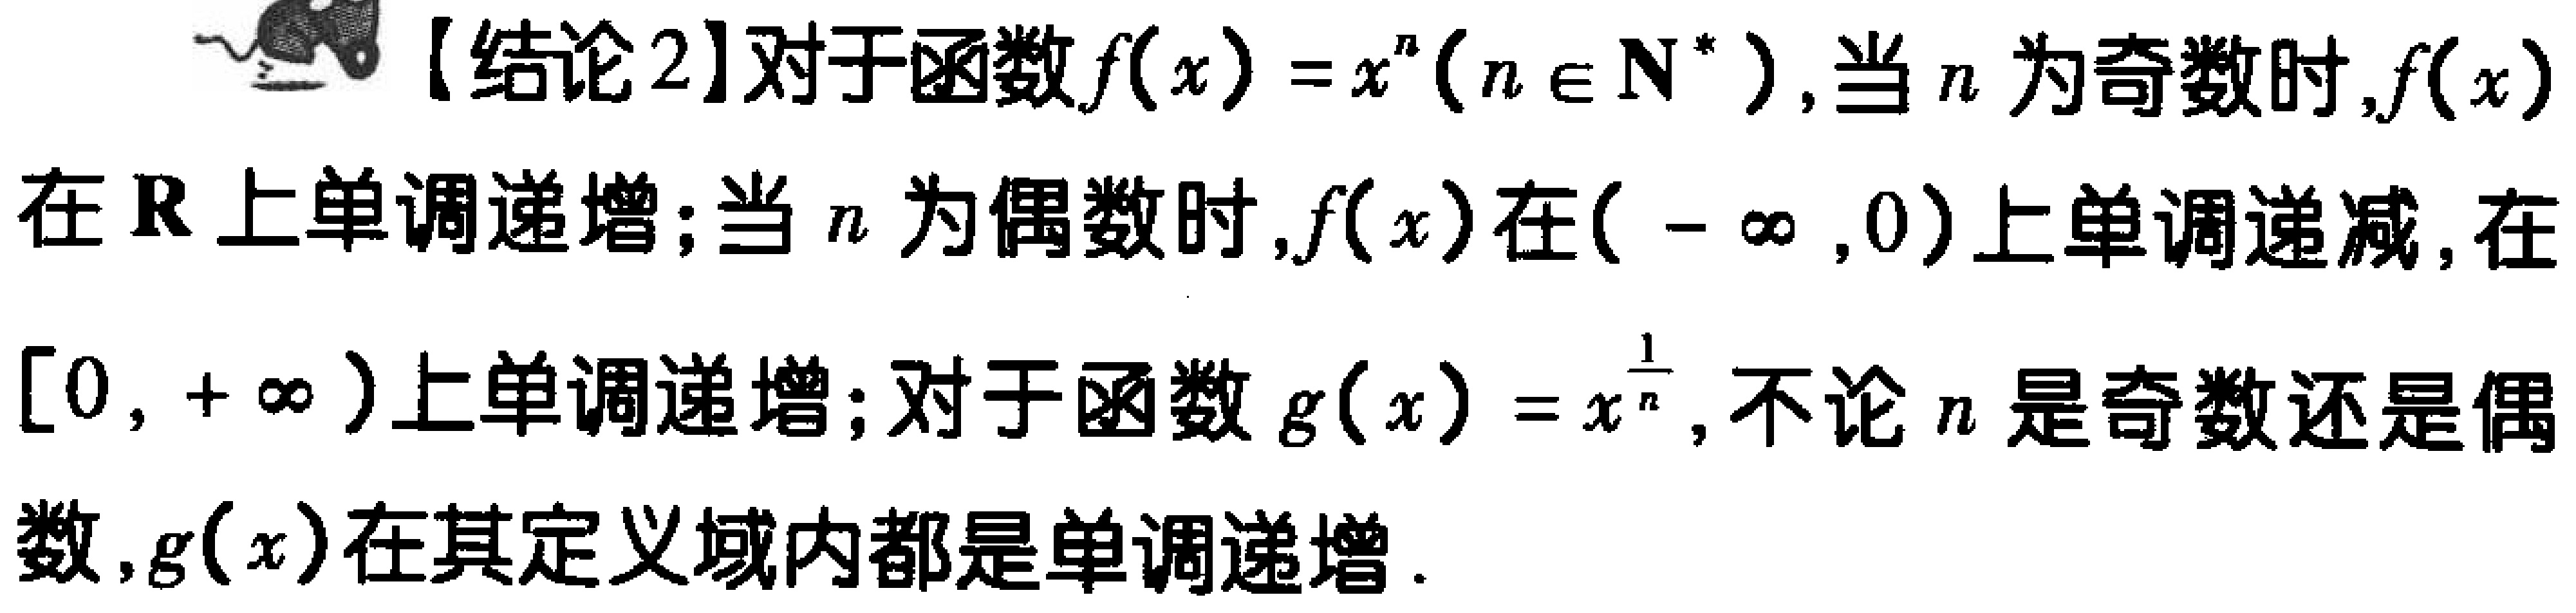
【结论2】对于函数\(f(x)=x^{n}(n\in\mathbf{N}^{*})\)，当\(n\)为奇数时，\(f(x)\)在\(\mathbf{R}\)上单调递增；当\(n\)为偶数时，\(f(x)\)在\((-\infty,0)\)上单调递减，在\([0,+\infty)\)上单调递增；对于函数\(g(x)=x^{\frac{1}{n}}\)，不论\(n\)是奇数还是偶数，\(g(x)\)在其定义域内都是单调递增.